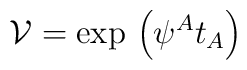
\mathcal{V}=\exp\,\left(\psi^A t_A\right)